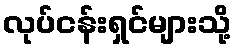
လုပ်ငန်းရှင်များသို့